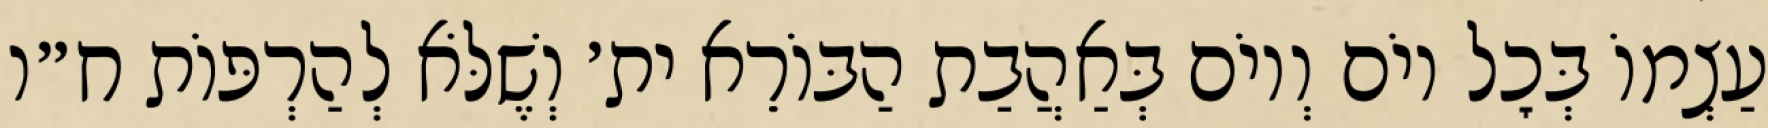
עַצְמוֹ בְּכׇל יוֹם וְיוֹם בְּאַהֲבַת הַבּוֹרֵא ית׳ וְשֶׁלֹּא לְהַרְפּוֹת ח״ו